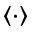
\langle \cdot \rangle